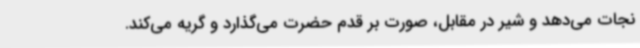
نجات می‌دهد و شیر در مقابل، صورت بر قدم حضرت می‌گذارد و گریه می‌کند.